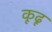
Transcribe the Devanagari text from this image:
कूढू